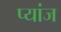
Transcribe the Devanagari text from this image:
प्यांज